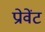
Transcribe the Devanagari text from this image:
प्रोवेंट